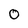
Character: 0